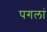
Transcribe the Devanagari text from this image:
पगलां